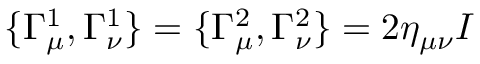
\{ \Gamma _ { \mu } ^ { 1 } , \Gamma _ { \nu } ^ { 1 } \} = \{ \Gamma _ { \mu } ^ { 2 } , \Gamma _ { \nu } ^ { 2 } \} = 2 \eta _ { \mu \nu } I